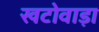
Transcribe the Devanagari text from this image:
खटोवाड़ा